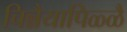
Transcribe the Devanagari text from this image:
चिन्नैयापिळ्ळै